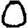
Digit: 0